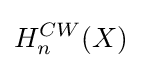
H_{n}^{CW}(X)